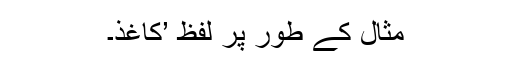
مثال کے طور پر لفظ ’کاغذ۔